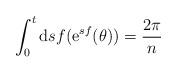
LaTeX: \begin{align*}\int_{0}^{t} {\rm d} s f ({\rm e}^{sf}(\theta)) = \frac{2 \pi}{n}\end{align*}